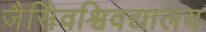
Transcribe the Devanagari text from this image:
जैसेिवश्विवद्यालय